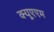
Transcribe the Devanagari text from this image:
क्यूएएम